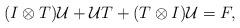
LaTeX: \begin{align*}(I\otimes T)\mathcal{U}+\mathcal{U} T+(T\otimes I)\mathcal{U}=F,\end{align*}